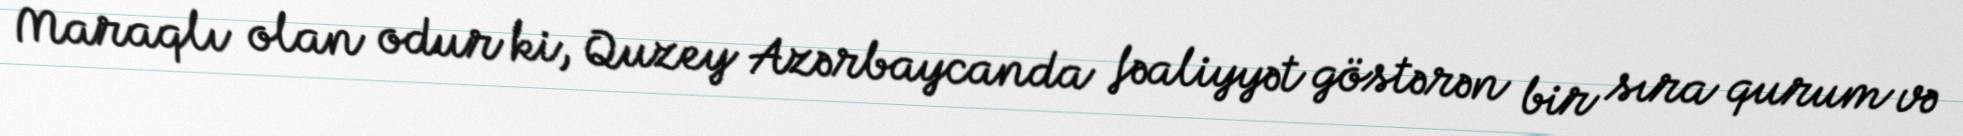
Maraqlı olan odur ki, Quzey Azərbaycanda fəaliyyət göstərən bir sıra qurum və